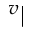
^ { v } |